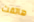
هاتفت